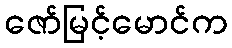
ဇော်မြင့်မောင်က